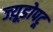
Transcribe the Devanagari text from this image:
ज्य़ूडोपटू